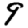
Digit: 9